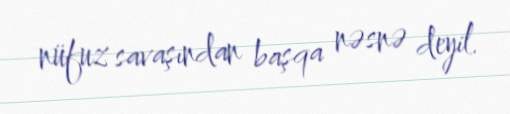
nüfuz savaşından başqa nəsnə deyil.